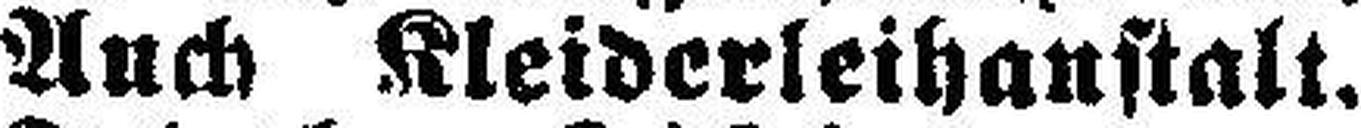
Auch Kleiderleihanstalt.